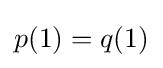
p(1)=q(1)